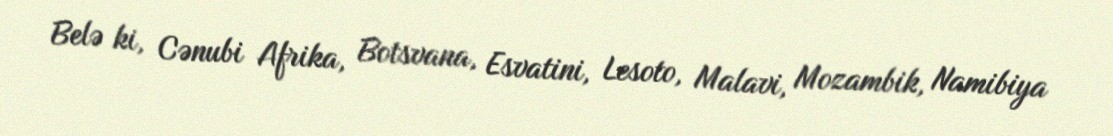
Belə ki, Cənubi Afrika, Botsvana, Esvatini, Lesoto, Malavi, Mozambik, Namibiya